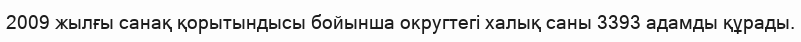
2009 жылғы санақ қорытындысы бойынша округтегі халық саны 3393 адамды құрады.